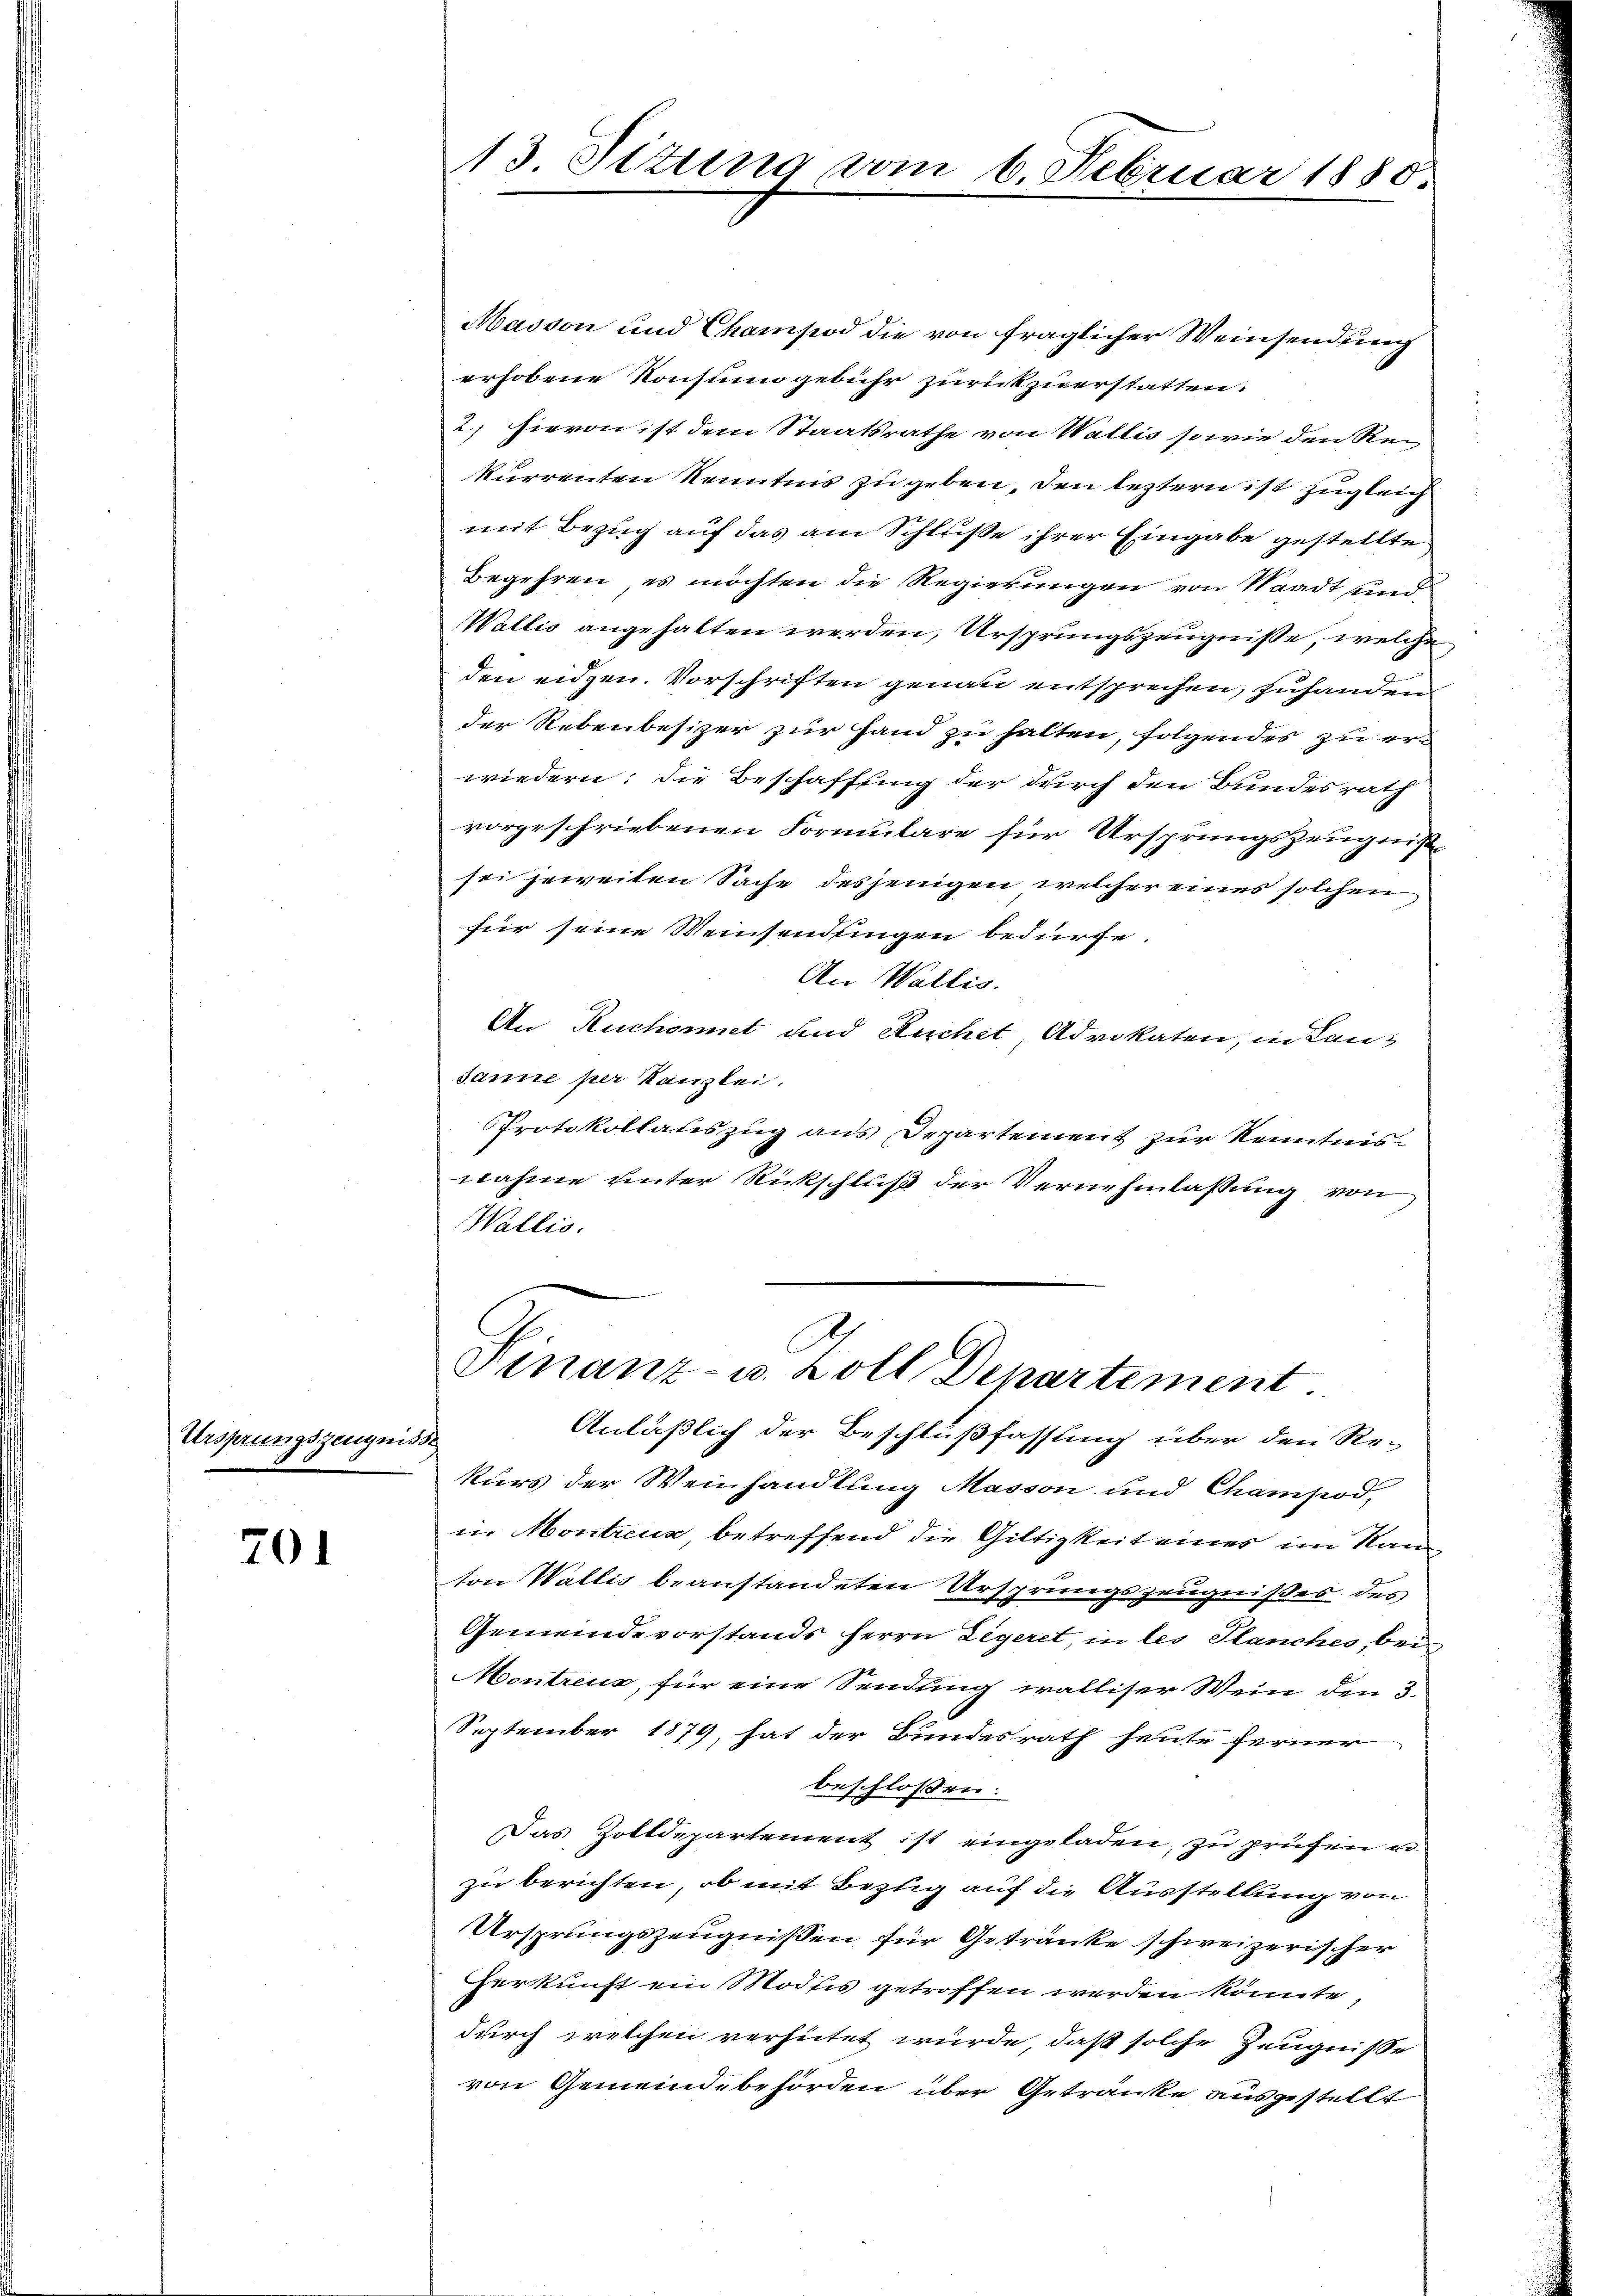
Ursprungszeugnisse

701

13 Sizung vom 6. Februar 1880

Masson und Champod die von fraglicher Weinsendung
erhobene Konsum gebühr zurückzuerstatten.
2.) Hievon ist dem Staatsrathe von Wallis so wie den Rekurrenten Kenntnis zu geben, den leztern ist zugleich
mit Bezug auf das am Schluße ihrer Eingabe gestellte
Begehren, es möchten die Regierungen von Waadt und
Wallis angehalten werden, Ursprungszeugnisse, welche
den eidgen. Vorschriften genau entsprechen, zuhanden
der Rebenbesizer zur Hand zu halten, folgendes zu erwiedern; die Beschaffung der durch den Bundesrath
vorgeschriebenen Formulare für Ursprungszeugnißsei jeweiten Sache desjenigen welcher eines solchen
für seine Weinsendungen bedürfe.
An Wallis.
An Ruchonet und Ruchet Advokaten, in Lan¬
Janne per Kanzlei.
PProtokollauszug aus Departement zur Kenntnisnahme unter Rückschluß der Vernehmlassung von
Wallis.

Finanz- u. Zoll Departement.
Anläßlich der Beschlußfassung über den Re-

kurs der Weinhandlung Masson und Champod
in Montreua, betreffend die Giltigkeit eines im Kanton Wallis beanstandeten Ursprungszeugnißes des
Gemeindevorstands herrn Legeret, in les Planches, bei
Montreus, für eine Sendung walliser Wein den 3.
September 1879, hat der Bundesrath heute ferner
beschlossen:
Das Zolldepartement ist eingeladen, zu prüfen u.
zu berichten, ob mit Bezug auf die Ausstellung von
Ursprungszeugnissen für Getränke schweizerischer
Herkunft ein Modes getroffen werden könnte,
durch welchen verhütet wurde, daß solche Zeugnisse
von Gemeindebehörden über Getränke ausgestellt